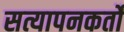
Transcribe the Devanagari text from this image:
सत्यापनकर्तों